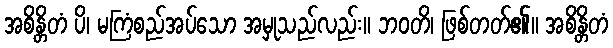
အစိန္တိတံ ပိ၊ မကြံစည်အပ်သော အမှုသည်လည်း။ ဘဝတိ၊ ဖြစ်တတ်၏။ အစိန္တိတံ